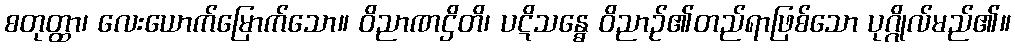
စတုတ္ထာ၊ လေးယောက်မြောက်သော။ ဝိညာဏဌိတိ၊ ပဋိသန္ဓေ ဝိညာဉ်၏တည်ရာဖြစ်သော ပုဂ္ဂိုလ်မည်၏။